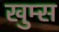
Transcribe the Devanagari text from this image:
खुम्स